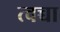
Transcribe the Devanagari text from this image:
त्वच्चा